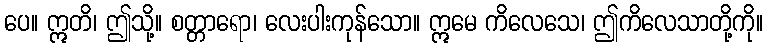
ပေ။ ဣတိ၊ ဤသို့။ စတ္တာရော၊ လေးပါးကုန်သော။ ဣမေ ကိလေသေ၊ ဤကိလေသာတို့ကို။